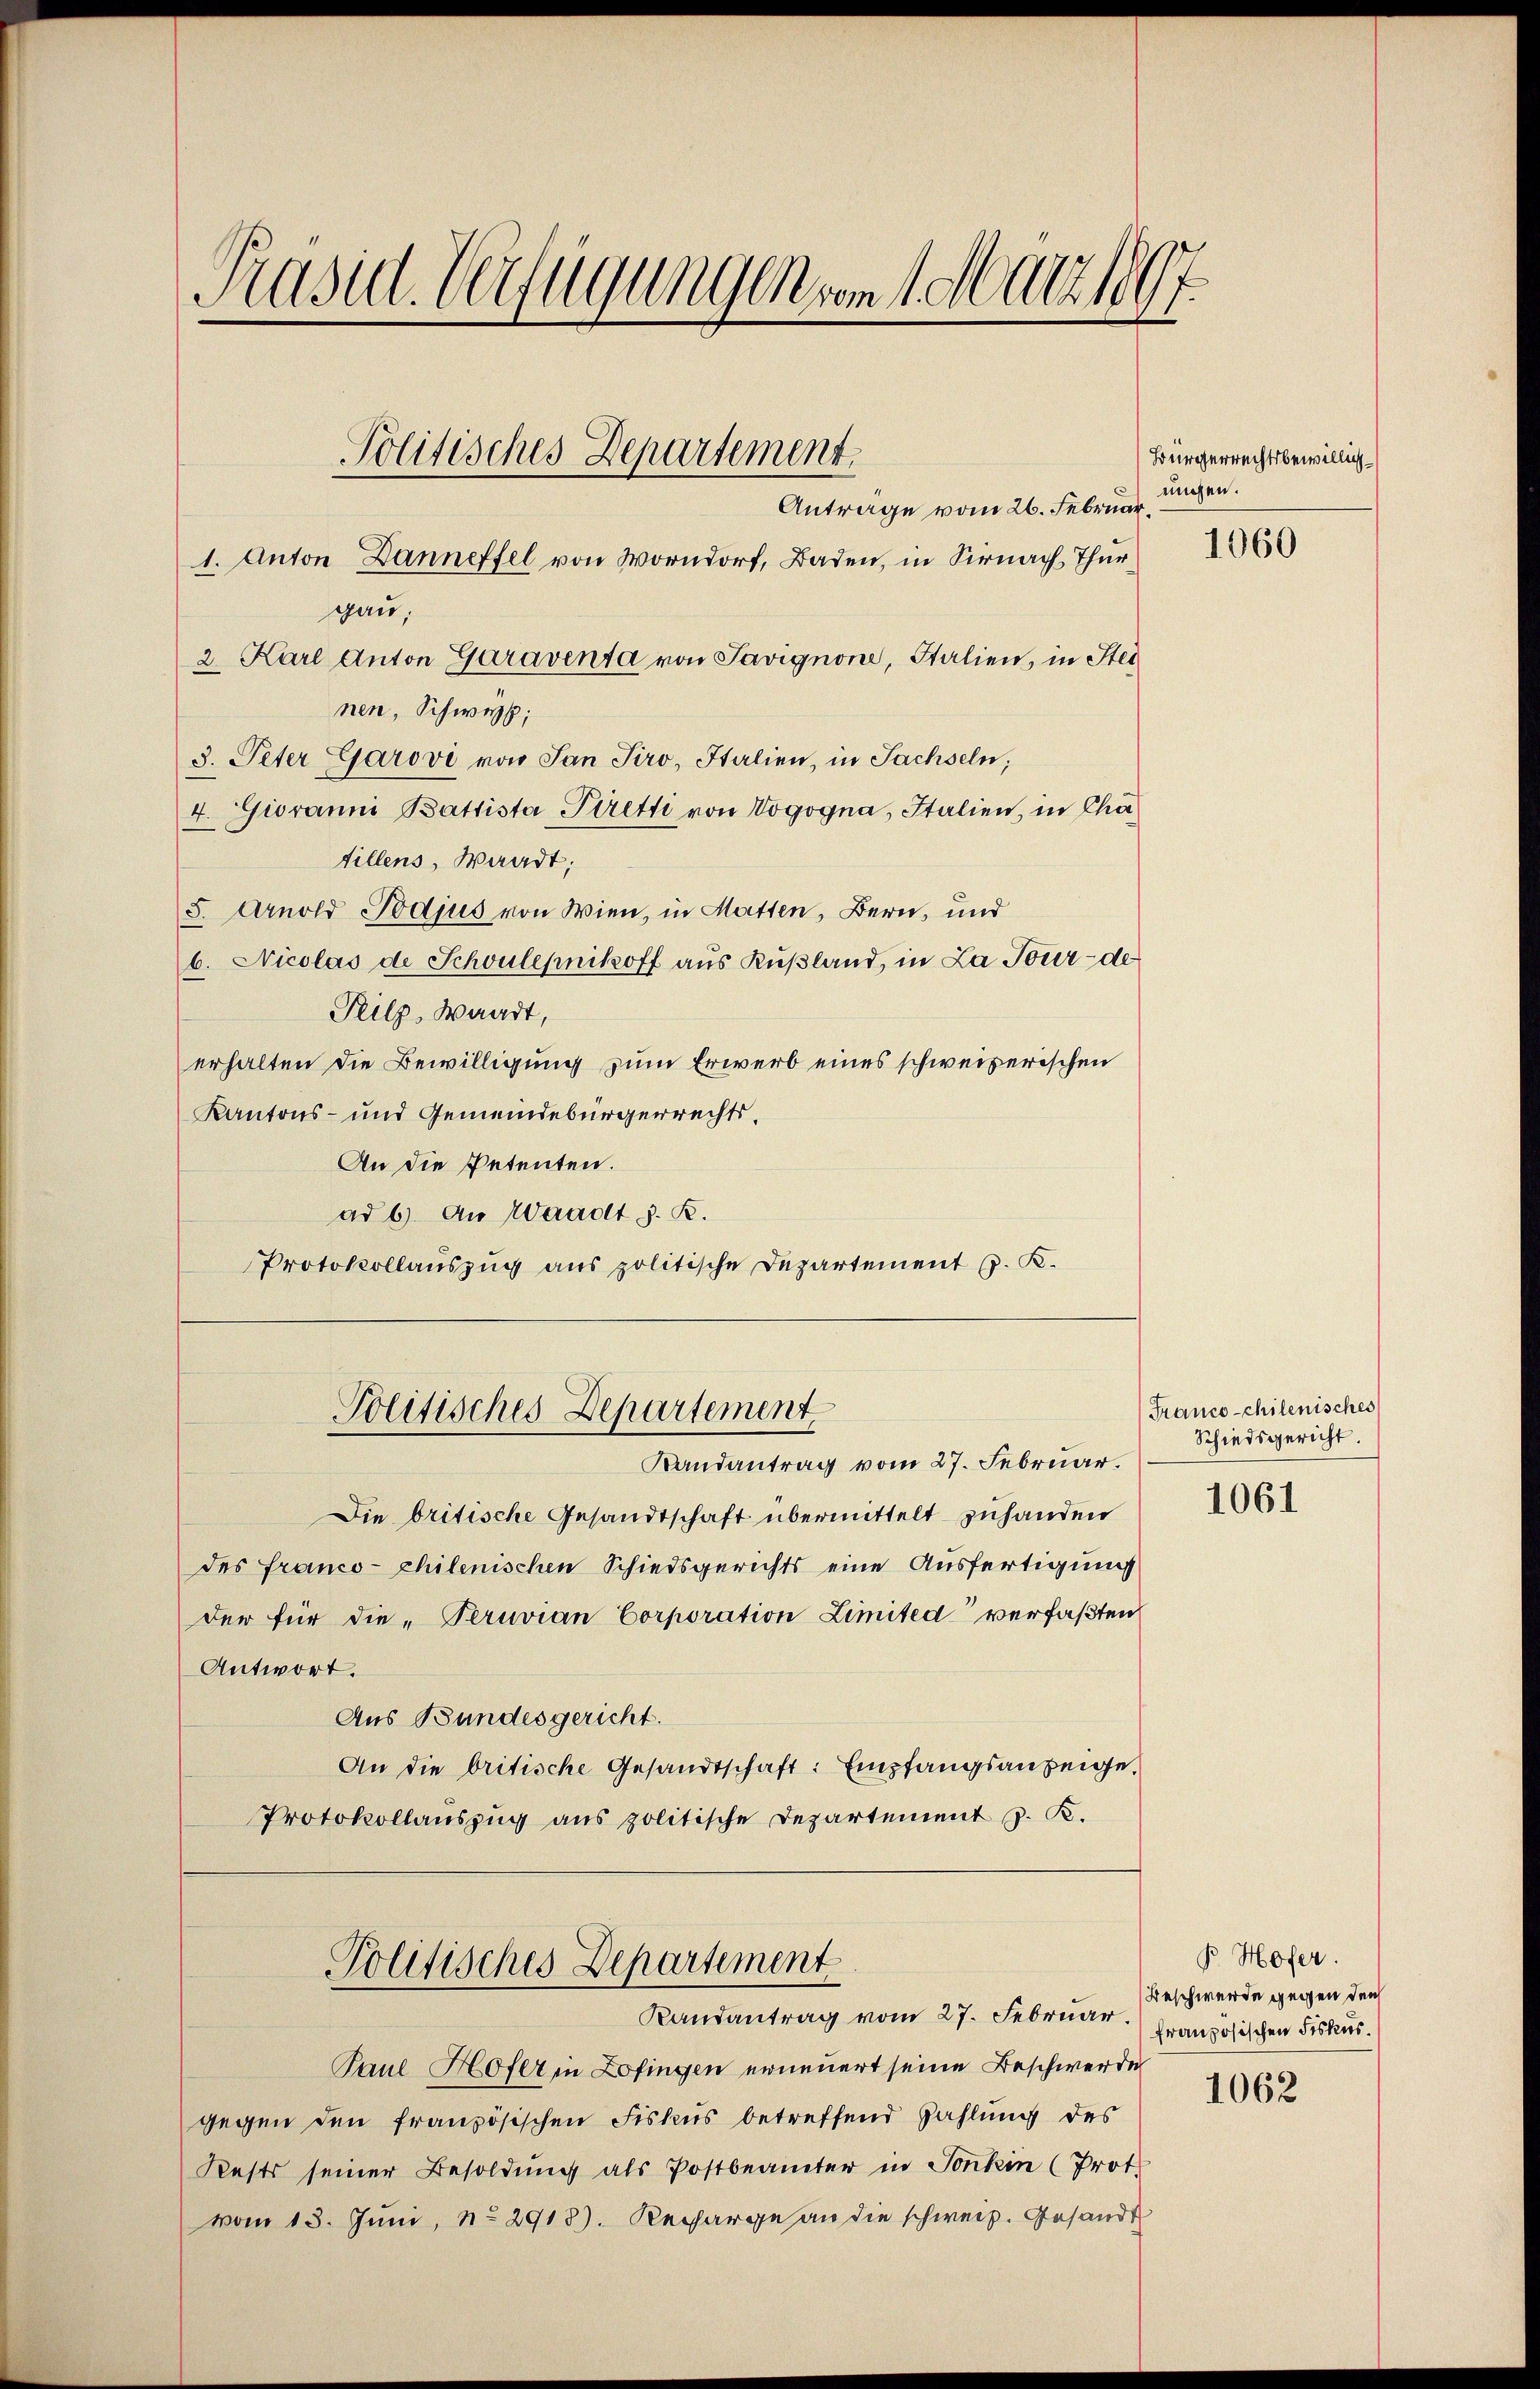
Präsid. Verfügungen vom 1. März 1891
Politisches Departement.
ungen.
Antrage vom 26. Februar
1. Anton Danneffel von Worndorf, Baden, in Sirnach Thür 360
gau,
2. Karl Anton Garaventa von Savignone, Italien, in Stei

nen, Schwerb;
3. Peter Garovi von San Tiro, Italien, in Sachseln;
4. Giovanni Battista Piretti von Vogogna, Italien, in Chafillens, Waadt;
S. Arnold Podius von Wien, in Matten, Bern, und
b. Nicolas de Schoulepnikoff aus Küßland, in La Tour de
Pilz, Waadt,
erhalten die Bewilligung zum Erwerb eines schweizerischen
Kantons- und Gemeindebürgerrechts¬
An die Petenten.
ad 6. An Waadt z. R.
Protokollauszug aus politische Departement C. K.

Die britische Gesandtschaft übermittelt zuhanden
des franco-chilenischen Schiedsgerichts eine Ausfertigung
der für die „Peruvian Corporation Limited“ verfaßten
Antwort.
Aus Bundesgericht.
An die britische Gesandtschaft: Empfangsanzeige.
Protokollauszug aus politische Departement J. K.
Politisches Departement
Randantrag vom 27. Februar. Französischen Fiskus.
Paul Hofer in Zofingen erneuert seine Beschwerde
gegen den französischen Fiskus betreffend Zahlung des
Rests seiner Besoldŭng als Postbeamter in Sonkin (Prot
vom 13. Juni, No. 2918). Recharge an die schweiz. Gesandt

Politisches Departement
Randantrag vom 27. Februar.

Bürgerrechtsbewillig

Franco-chilenisches
Schiedsgericht.

1061

B. Hofer.
Beschwerde gegen den

1062